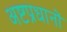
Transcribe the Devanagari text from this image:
अष्टप्रधानों